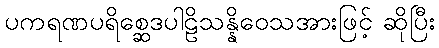
ပကရဏပရိစ္ဆေဒပါဠိသန္နိဝေသအားဖြင့် ဆိုပြီး